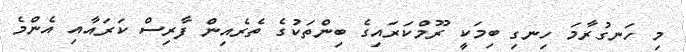
މި ހަނގުރާމަ ހިނގި ބިމަކީ ރޫމްކަރައިގެ ބިންތަކުގެ ތެރެއިން ފާރިސް ކަރައާއި އެންމެ